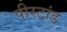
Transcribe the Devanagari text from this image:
पीरटांड